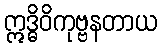
ဣဒ္ဓိဝိကုဗ္ဗနတာယ